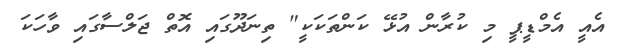
އެއީ އެމްޑީޕީ މި ކުރާން އުޅޭ ކަންތަކަކީ" ތިނަދޫގައި އޮތް ޖަލްސާގައި ވާހަކަ